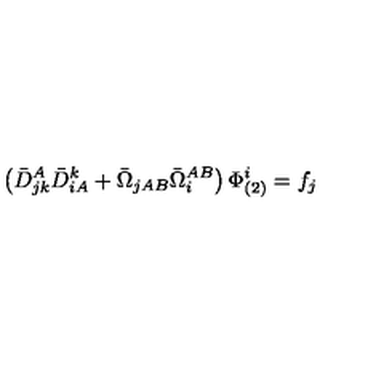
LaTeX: \left( \bar { D } _ { j k } ^ { A } \bar { D } ^ { k } _ { i A } + \bar { \Omega } _ { j A B } \bar { \Omega } _ { i } ^ { A B } \right) \Phi _ { ( 2 ) } ^ { i } = f _ { j }